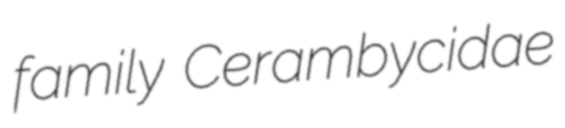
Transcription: family Cerambycidae